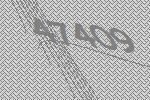
47409